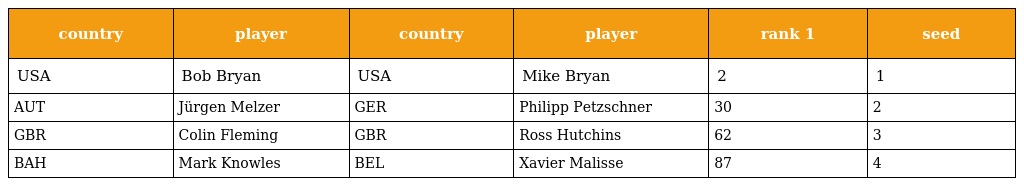
| country | player | country | player | rank 1 | seed |
 | --- | --- | --- | --- | --- | --- |
 | USA | Bob Bryan | USA | Mike Bryan | 2 | 1 |
 | AUT | Jürgen Melzer | GER | Philipp Petzschner | 30 | 2 |
 | GBR | Colin Fleming | GBR | Ross Hutchins | 62 | 3 |
 | BAH | Mark Knowles | BEL | Xavier Malisse | 87 | 4 |